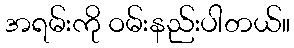
အရမ်းကို ဝမ်းနည်းပါတယ်။